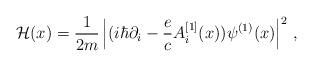
LaTeX: \begin{align*}{\cal H}(x)= {1 \over 2m} \left| (i \hbar \partial_i -{e\over c} A_i^{[1]}(x) )\psi^{(1)}(x) \right|^2\,,\end{align*}